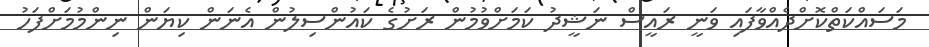
މަސައްކަތްކޮށްދެއްވާފައި ވަނީ ރައީސް ނަޝީދު ކަމަށްވުމުން ރަށުގެ ކައުންސިލުން އެނަން ކިޔަން ނިންމުމަށްފަހު